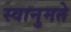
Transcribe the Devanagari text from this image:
स्वानुमते